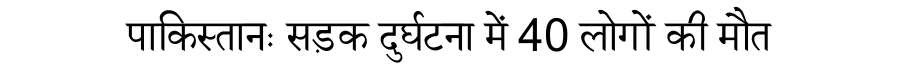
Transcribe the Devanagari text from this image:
पाकिस्तानः सड़क दुर्घटना में 40 लोगों की मौत